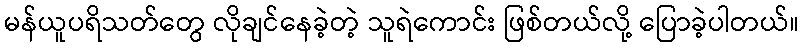
မန်ယူပရိသတ်တွေ လိုချင်နေခဲ့တဲ့ သူရဲကောင်း ဖြစ်တယ်လို့ ပြောခဲ့ပါတယ်။